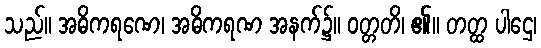
သည်။ အဓိကရဏေ၊ အဓိကရဏ အနက်၌။ ဝတ္တတိ၊ ၏။ တတ္ထ ပါဌေ၊